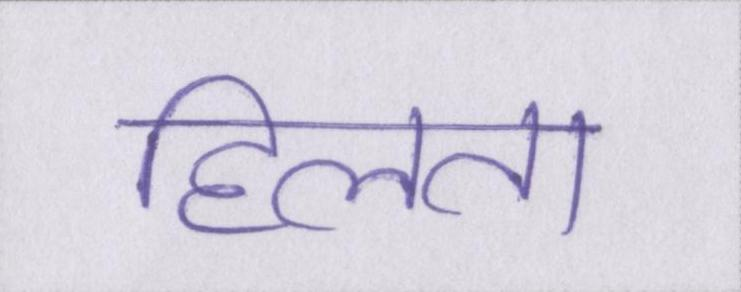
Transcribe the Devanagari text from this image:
हिलता